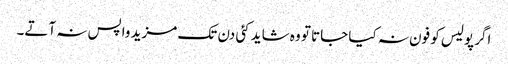
اگر پولیس کو فون نہ کیا جاتا تو وہ شاید کئی دن تک مزید واپس نہ آتے۔